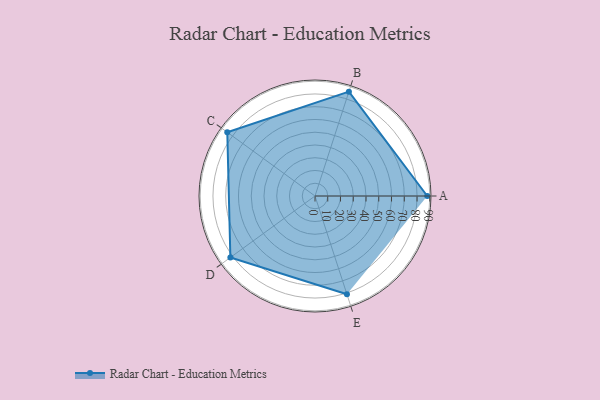
{"axis": {"x": "Skill", "y": "Score"}, "legend": ["Profile"], "data": [{"x": "A", "y": 88.0, "type": "Profile"}, {"x": "B", "y": 86.0, "type": "Profile"}, {"x": "C", "y": 85.0, "type": "Profile"}, {"x": "D", "y": 82.0, "type": "Profile"}, {"x": "E", "y": 81.0, "type": "Profile"}]}